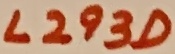
Text: L293D